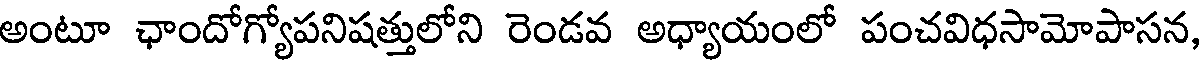
అంటూ ఛాందోగ్యోపనిషత్తులోని రెండవ అధ్యాయంలో పంచవిధసామోపాసన,